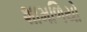
શામળિયો